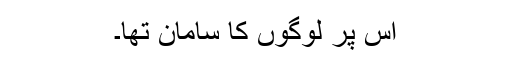
اس پر لوگوں کا سامان تھا۔